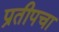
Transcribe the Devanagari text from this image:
प्रतीपचा